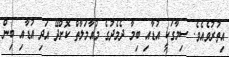
އިތުރުވެއެވެ. ސިމާގަކީ އުޑާއި ބިމާ ދެމެދުގެ މުއާމަލާތް ކޮށްދޭ އަދި އުޑާއި ބިން